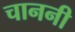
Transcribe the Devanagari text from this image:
चाननी